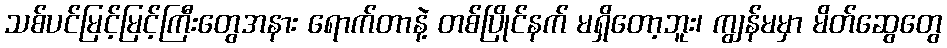
သစ်ပင်မြင့်မြင့်ကြီးတွေအနား ရောက်တာနဲ့ တစ်ပြိုင်နက် မရှိတော့ဘူး၊ ကျွန်မမှာ မိတ်ဆွေတွေ